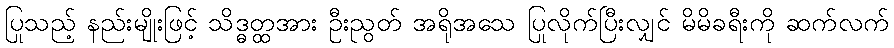
ပြုသည့် နည်းမျိုးဖြင့် သိဒ္ဓတ္ထအား ဦးညွတ် အရိုအသေ ပြုလိုက်ပြီးလျှင် မိမိခရီးကို ဆက်လက်